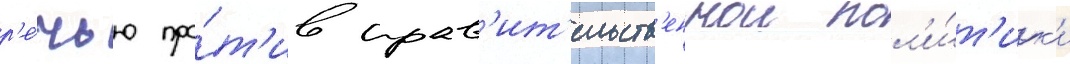
р'е́чью про́т'ив прав'ит'ельств'еннои пол'и́т'ик'и